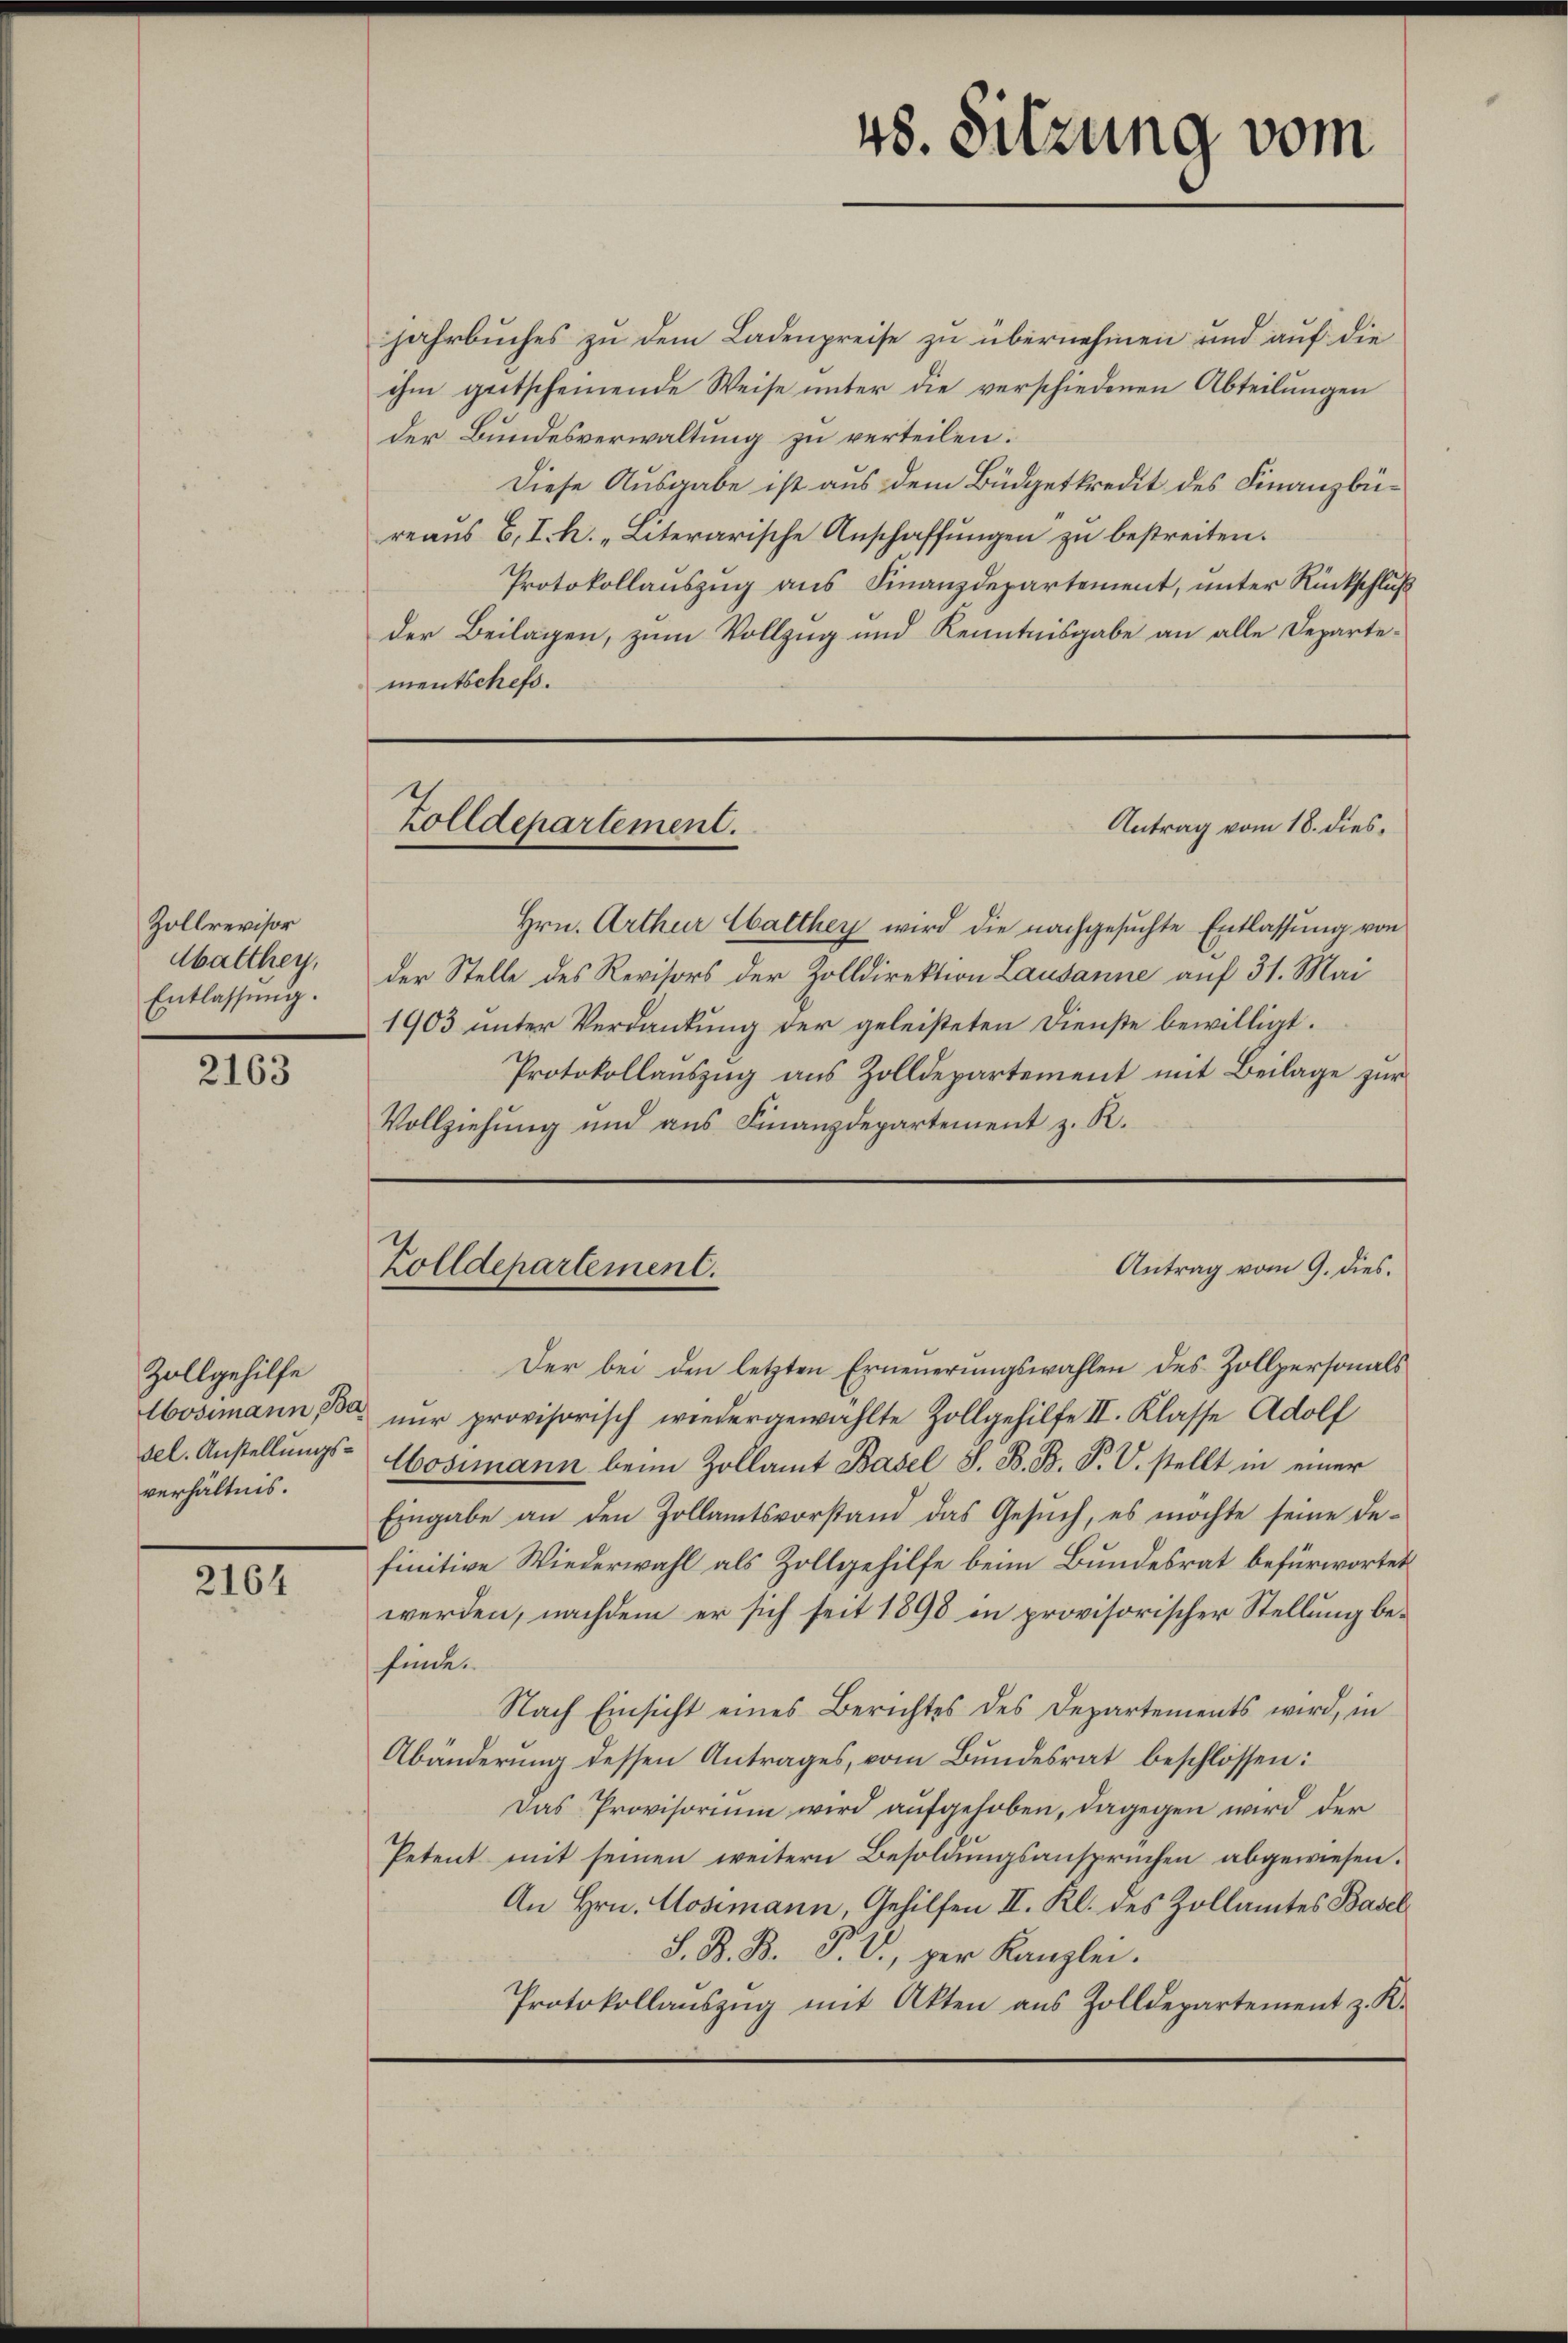
Zollrevisor
Mbalthey,
Entlassung.

2163

Zollgehilfe
verhältnis.

2164

jahrbuches zu dem Ladenpreise zu übernehmen und auf die
ihm gutscheinende Weise unter die verschiedenen Abteilungen
der Bundesverwaltung zu verteilen.
Diese Ausgabe ist aus dem Büdgetkredit des Finanzbüreaus B. I. h. „Literarische Anschaffungen zu bestreiten.
Protokollauszug aus Finanzdepartement, unter Rückschluß
der Beilagen, zum Vollzug und Kenntnisgabe an alle Departementschefs.

Zolldepartement.
Antrag vom 18. dies¬

Zolldepartement.

48. Sitzung vom

Hrn. Arthur Walthey wird die nachgesuchte Entlassung von
der Stelle des Revisors der Zolldirektion Lausanne auf 31. Mai
1903 unter Verdankung der geleisteten Dienste bewilligt.
Protokollaŭszŭg aŭs Zolldepartement mit Beilage zur
Vollziehung und aus Finanzdepartement z. R.

Antrag vom 9. dies.

Der bei den letzten Erneuerungswahlen des Zollpersonals
lbosimann da nur provisorisch wiedergewählte Zollgehilfe II. Klasse Adolf
sel. Anstellŭngs- Abosimann beim Zollamt Basel S. B. B. P. V. stellt in einer
Eingabe an den Zollamtsvorstand das Gesuch, es möchte seine Definitive Wiederwahl als Zollgehilfe beim Bundesrat befürwortet
werden, nachdem er sich seit 1898 in provisorischer Stellung befinde.
Nach Einsicht eines Berichtes des Departements wird, in
Abänderung dessen Antrages, vom Bundesrat beschlossen:
Das Provisoriŭm wird aŭfgehoben, dagegen wird der
Petent mit seinen weitern Besoldungsanspruchen abgewiesen.
An Hrn. Mosimann, Gehilfen II. Kl. des Zollamtes Basel¬
S. B. B. P. V., per Kanzlei.
Protokollaŭszŭg mit Akten aus Zolldepartement z. K.